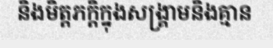
និងមិត្តភក្តិក្នុងសង្គ្រាមនិងគ្មាន